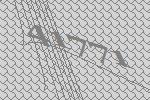
41771